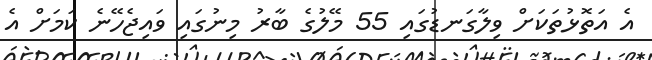
އެ އަތޮޅުތަކަށް ވިލާގަނޑުގައި 55 މޭލުގެ ބާރު މިނުގައި ވައިޖެހޭނެ ކަމަށް އެ